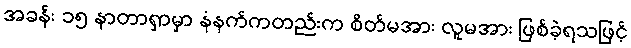
အခန်း ၁၅ နာတာရှာမှာ နံနက်ကတည်းက စိတ်မအား လူမအား ဖြစ်ခဲ့ရသဖြင့်